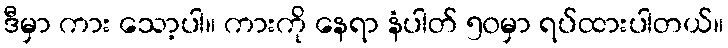
ဒီမှာ ကား သော့ပါ။ ကားကို နေရာ နံပါတ် ၅၀မှာ ရပ်ထားပါတယ်။